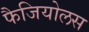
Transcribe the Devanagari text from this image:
फैजियोलस